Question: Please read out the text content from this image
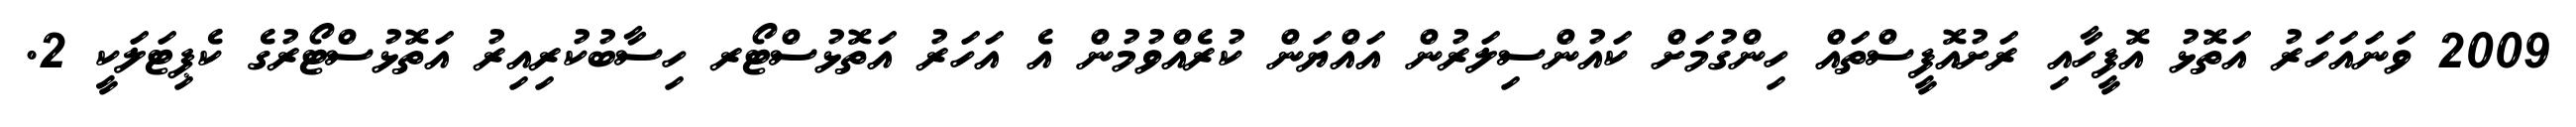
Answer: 2009 ވަނައަހަރު އަތޮޅު އޮފީހާއި ރަށުއޮފީސްތައް ހިންގުމަށް ކައުންސިލަރުން އައްޔަން ކުރެއްވުމުން އެ އަހަރު އަތޮޅުސްޓޯރ ހިސާބުކުރިއިރު އަތޮޅުސްޓޯރުގެ ކެޕިޓަލަކީ 2.